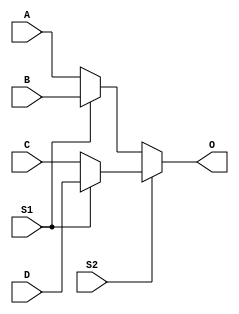
`timescale 1ns / 1ps

module mux_4_1(
    input S1,
    input S2,
    input [3:0] A,
    input [3:0] B,
    input [3:0] C,
    input [3:0] D,
    output [3:0] O
    
    );
    assign O = S2 ? (S1 ? D : C) : (S1 ? B : A); 
endmodule